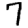
Digit: 7